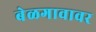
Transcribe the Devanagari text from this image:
बेळगावावर